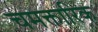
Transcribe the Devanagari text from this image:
चमक्तारिक